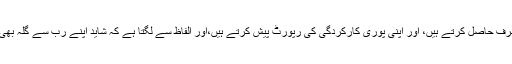
ہم کلامی کا شرف حاصل کرتے ہیں، اور اپنی پوری کارکردگی کی رپورٹ پیش کرتے ہیں،اور الفاظ سے لگتا ہے کہ شاید اپنے رب سے گلہ بھی کر رہے ہیں۔